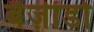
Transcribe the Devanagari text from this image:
बैज़ीडो